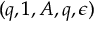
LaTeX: ( q , 1 , A , q , \epsilon )